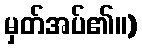
မှတ်အပ်၏။)